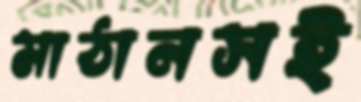
মাঠানসই